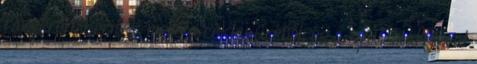
tányéron, körítek mellé a céklapüréből, és a nyúl szaftjával